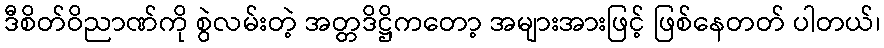
ဒီစိတ်ဝိညာဏ်ကို စွဲလမ်းတဲ့ အတ္တဒိဋ္ဌိကတော့ အများအားဖြင့် ဖြစ်နေတတ် ပါတယ်၊